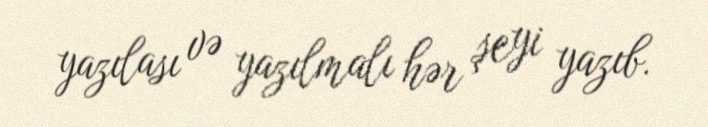
yazılası və yazılmalı hər şeyi yazıb.